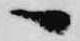
へ